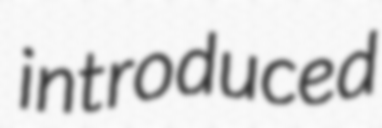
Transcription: introduced